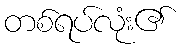
တစ်ရပ်လုံး၏